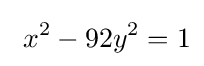
\ x^{2}-92y^{2}=1